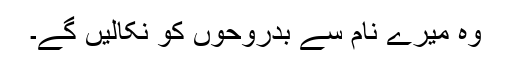
وہ میرے نام سے بَدرُوحوں کو نِکالیں گے۔